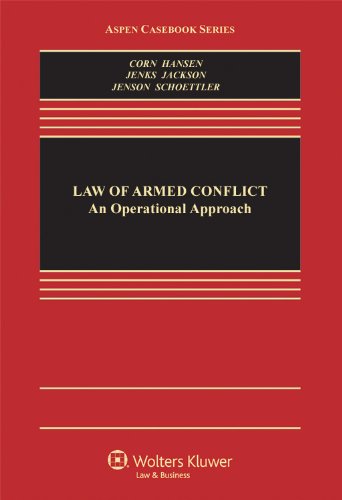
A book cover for The Law of Armed Conflict: An Operational Approach (Aspen Casebook); Geoffrey S. Corn; Law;